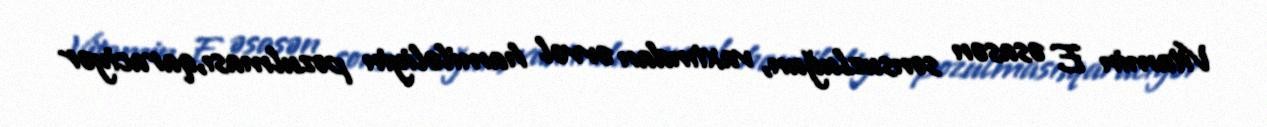
Vitamin E əsasən sonsuzluğun, vaxtından əvvəl hamiləliyin pozulması,qaraciyər